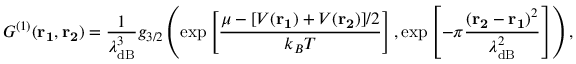
{ G ^ { ( 1 ) } } ( \mathbf { r _ { 1 } , r _ { 2 } } ) = \frac { 1 } { \lambda _ { \mathrm { d B } } ^ { 3 } } g _ { 3 / 2 } \left( \mathrm { e x p } \left[ \frac { \mu - [ V ( \mathbf { r _ { 1 } } ) + V ( \mathbf { r _ { 2 } } ) ] / 2 } { k _ { B } T } \right] , \mathrm { e x p } \left[ - \pi \frac { ( \mathbf { r _ { 2 } - r _ { 1 } } ) ^ { 2 } } { \lambda _ { \mathrm { d B } } ^ { 2 } } \right] \right) ,